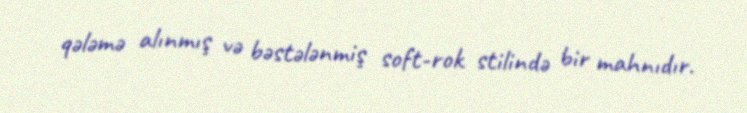
qələmə alınmış və bəstələnmiş soft-rok stilində bir mahnıdır.